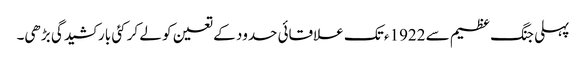
پہلی جنگ عظیم سے 1922ء تک علاقائی حدود کے تعین کو لے کر کئی بار کشیدگی بڑھی۔